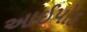
આઈપોડ